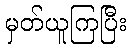
မှတ်ယူကြပြီး